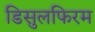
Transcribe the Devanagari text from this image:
डिसुलफिरम